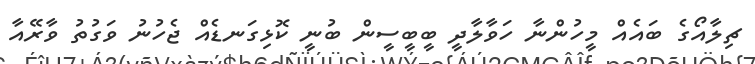
ޗިލާއޯގެ ބައެއް މީހުންނާ ހަވާލާދީ ބީބީސީން ބުނީ ކޮޅިގަނޑެއް ޖެހުނު ވަގުތު ވާރޭއާ